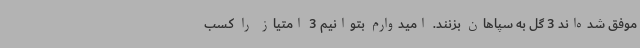
موفق شده‌اند 3 گل به سپاهان بزنند. امیدوارم بتوانیم 3 امتیاز را کسب